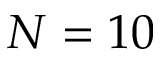
N = 1 0